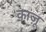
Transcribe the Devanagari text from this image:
काज़ू